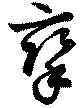
攣